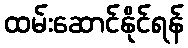
ထမ်းဆောင်နိုင်ရန်